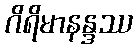
ဂိရိမာနန္ဒဿ